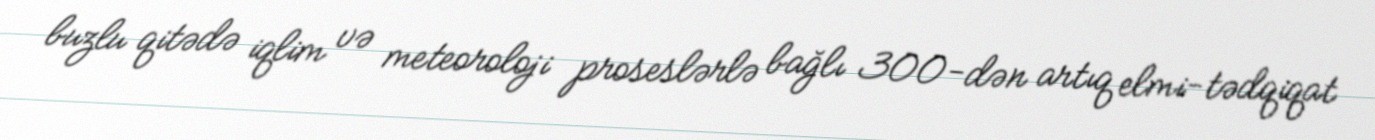
buzlu qitədə iqlim və meteoroloji proseslərlə bağlı 300-dən artıq elmi-tədqiqat